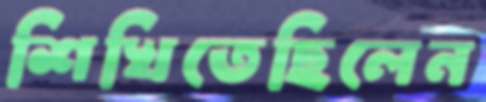
শিখিতেছিলেন